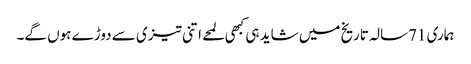
ہماری 71سالہ تاریخ میں شاید ہی کبھی لمحے اتنی تیزی سے دوڑے ہوں گے۔